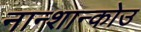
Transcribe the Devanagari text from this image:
नान्शान्कोउ